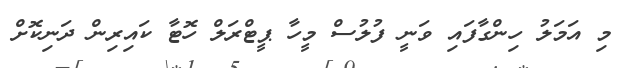
މި އަމަލު ހިންގާފައި ވަނީ ފުލުސް މީހާ ޕީޓްރަލް ހޮޓާ ކައިރިން ދަނިކޮށް